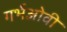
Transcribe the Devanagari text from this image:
गर्भओवी